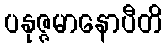
ပနုဇ္ဇမာနောပီတိ